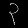
Digit: ၃